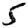
Digit: 5